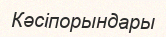
Кәсіпорындары